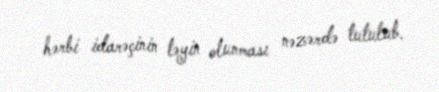
hərbi idarəçinin təyin olunması nəzərdə tutulub.